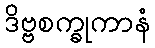
ဒိဗ္ဗစက္ခုကာနံ